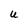
Character: U